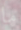
ما